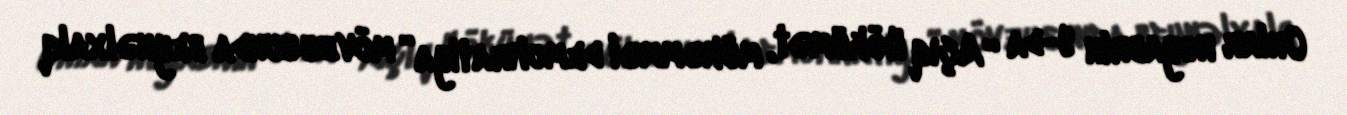
Onlar noyabrin 9-da “Açıq Hökümət, mükəmməl demokratiya” mövzusunda beynəlxalq